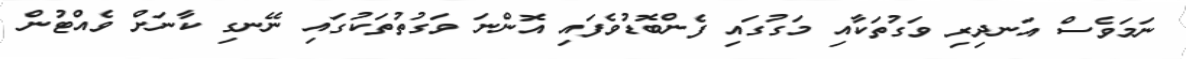
ނަމަވެސް އަނދިރި ވަގުތަކާއި މަގުގައި ފެންބޮޑުވެފައި އޮންނަ ވަގުތުތަކުގައި ނޭނގި ކާނަށް ވެއްޓުން